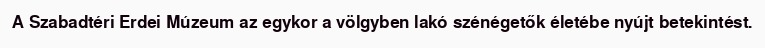
A Szabadtéri Erdei Múzeum az egykor a völgyben lakó szénégetők életébe nyújt betekintést.